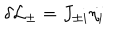
\delta { \cal L } _ { \pm } = J _ { \pm i } \dot { \eta _ { i } }